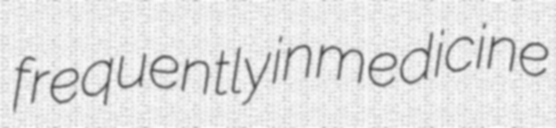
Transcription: frequently in medicine